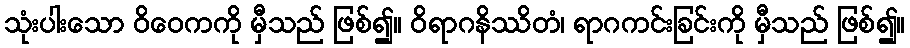
သုံးပါးသော ဝိဝေကကို မှီသည် ဖြစ်၍။ ဝိရာဂနိဿိတံ၊ ရာဂကင်းခြင်းကို မှီသည် ဖြစ်၍။